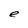
Character: e